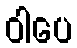
ဝါပေ